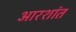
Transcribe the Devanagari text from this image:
आरशांत